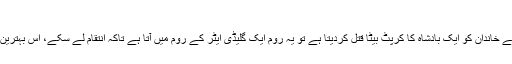
گلیڈی ایٹر، 2000 (Gladiator)
جب ایک رومن جنرل کو دھوکا دیا جاتا ہے اور اس کے خاندان کو ایک بادشاہ کا کرپٹ بیٹا قتل کردیتا ہے تو یہ روم ایک گلیڈی ایٹر کے روم میں آتا ہے تاکہ انتقام لے سکے، اس بہترین فلم میں گلیڈی ایٹر کے روپ میں رسل کرو نظر آئے۔